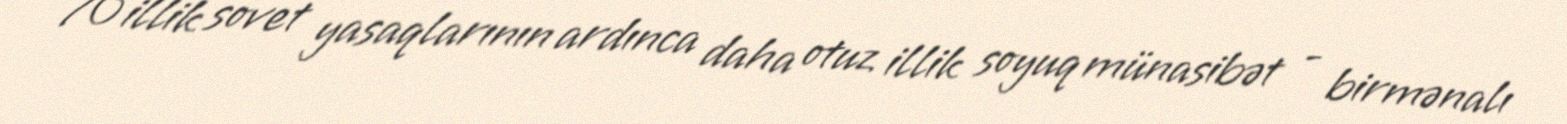
70 illik sovet yasaqlarının ardınca daha otuz illik soyuq münasibət - birmənalı